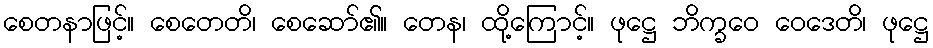
စေတနာဖြင့်။ စေတေတိ၊ စေဆော်၏။ တေန၊ ထို့ကြောင့်။ ဖုဋ္ဌေ ဘိက္ခဝေ ဝေဒေတိ၊ ဖုဋ္ဌေ